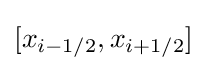
[x_{i-1/2},x_{i+1/2}]